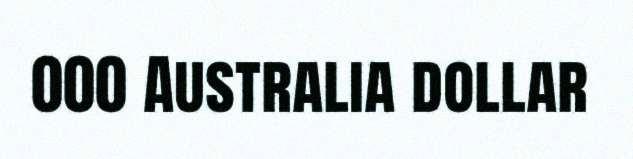
000 Australia dollar